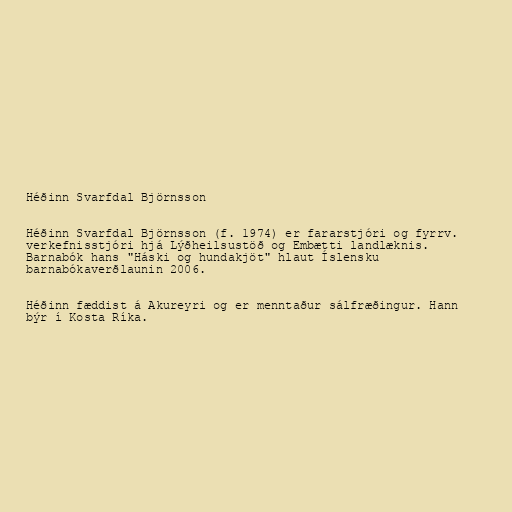
Héðinn Svarfdal Björnsson

Héðinn Svarfdal Björnsson (f. 1974) er fararstjóri og fyrrv.
verkefnisstjóri hjá Lýðheilsustöð og Embætti landlæknis.
Barnabók hans "Háski og hundakjöt" hlaut Íslensku
barnabókaverðlaunin 2006.

Héðinn fæddist á Akureyri og er menntaður sálfræðingur. Hann
býr í Kosta Ríka.